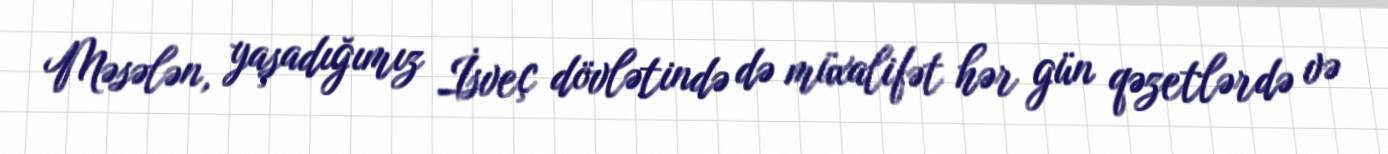
Məsələn, yaşadığımız İsveç dövlətində də müxalifət hər gün qəzetlərdə və